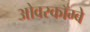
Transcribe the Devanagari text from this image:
ओवरकॉम्बे